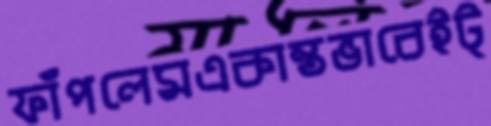
ফাঁপলেমএকান্তভাবেইট্